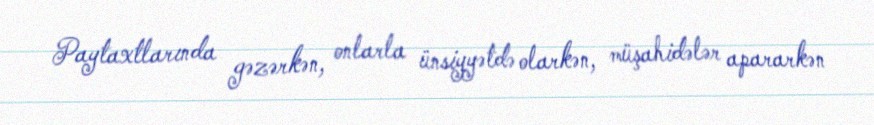
Paytaxtlarında gəzərkən, onlarla ünsiyyətdə olarkən, müşahidələr apararkən